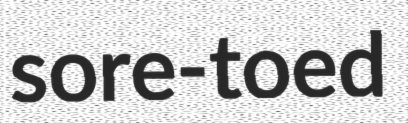
sore-toed